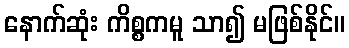
နောက်ဆုံး ကိစ္စကမူ သာ၍ မဖြစ်နိုင်။